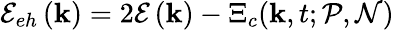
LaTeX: \mathcal{E}_{eh}\left(\mathbf{k}\right)=2\mathcal{E}\left(\mathbf{k}\right)-\Xi_{c}(\mathbf{k},t;\mathcal{P},\mathcal{N})